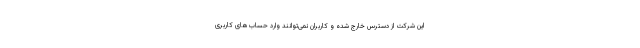
این شرکت از دسترس خارج شده و کاربران نمی‌توانند وارد حساب‌های کاربری